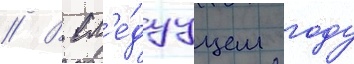
// В сл'е́дуущем году